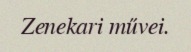
Zenekari művei.